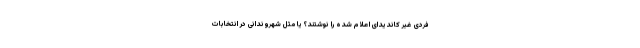
فردی غیر کاندیدای اعلام شده را نوشتند؟ یا مثل شهروندانی در انتخابات